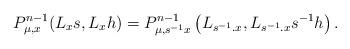
LaTeX: \begin{align*}P_{\mu,x}^{n-1}(L_{x}s,L_{x}h)=P_{\mu,s^{-1}x}^{n-1}\left(L_{s^{-1}.x},L_{s^{-1}.x}s^{-1}h\right).\end{align*}